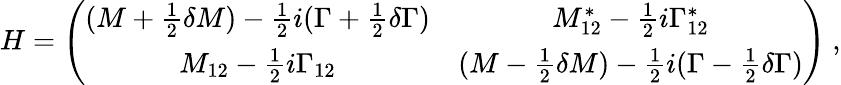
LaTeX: H=\left(\begin{array}{cc}{{(M+{\frac{1}{2}}\delta M)-{\frac{1}{2}}i(\Gamma+{\frac{1}{2}}\delta\Gamma)}}&{{M_{12}^{*}-{\frac{1}{2}}i\Gamma_{12}^{*}}}\\ {{M_{12}-{\frac{1}{2}}i\Gamma_{12}}}&{{(M-{\frac{1}{2}}\delta M)-{\frac{1}{2}}i(\Gamma-{\frac{1}{2}}\delta\Gamma)}}\end{array}\right)\ ,